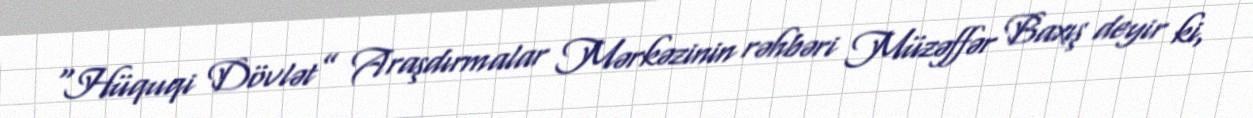
“Hüquqi Dövlət” Araşdırmalar Mərkəzinin rəhbəri Müzəffər Baxış deyir ki,